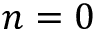
n = 0